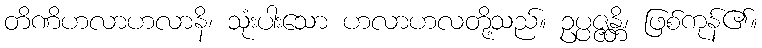
တိဏိဟလာဟလာနိ၊ သုံးပါးသော ဟလာဟလတို့သည်။ ဥပ္ပဇ္ဇန္တိ၊ ဖြစ်ကုန်၏။